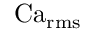
\operatorname { C a } _ { \operatorname { r m s } }